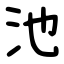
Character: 池